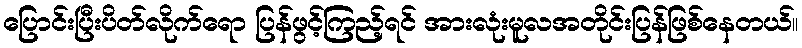
ပြောင်းပြီးပိတ်လိုက်ရော ပြန်ဖွင့်ကြည့်ရင် အားလုံးမူလအတိုင်းပြန်ဖြစ်နေတယ်။